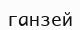
ганзей